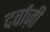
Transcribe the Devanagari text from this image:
दर्वाज़ी